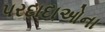
પરદાદાઓના